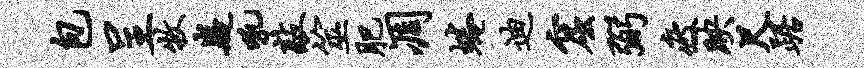
包呈牧嶷吼敲筮肥凋蜷迪窟弼疲映尺踞